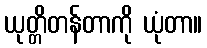
ယုတ္တိတန်တာကို ယုံတာ။